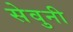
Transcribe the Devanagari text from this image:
सेवुनी